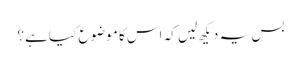
بس یہ دیکھ لیں کہ اس کا موضوع کیا ہے؟